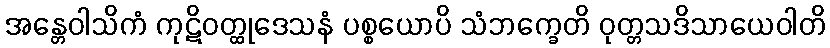
အန္တေဝါသိကံ ကုဋိဝတ္ထုဒေသနံ ပစ္စယောပိ သံဘက္ခေတိ ဝုတ္တသဒိသာယေဝါတိ